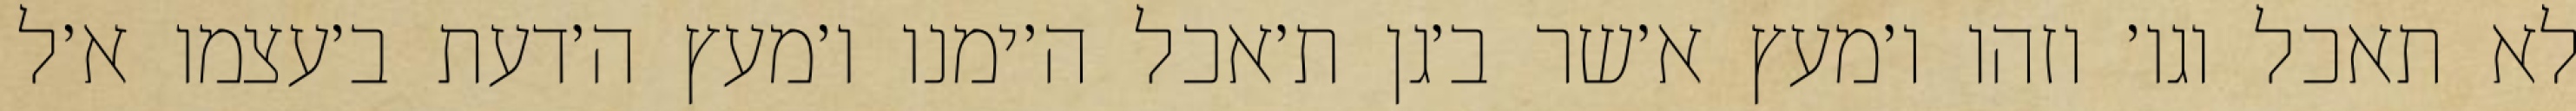
לא תאכל וגו׳ וזהו ו׳מעץ א׳שר ב׳גן ת׳אכל ה׳ימנו ו׳מעץ ה׳דעת ב׳עצמו א׳ל